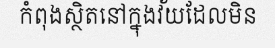
កំពុងស្ថិតនៅក្នុងវ័យដែលមិន